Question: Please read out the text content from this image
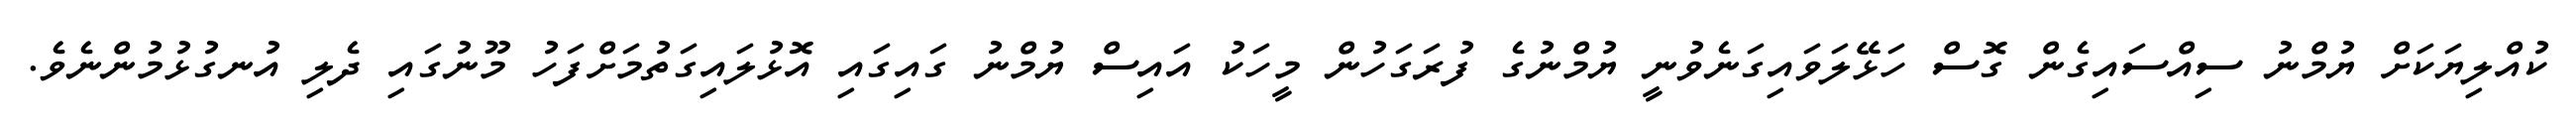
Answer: ކުއްލިޔަކަށް ޔުމްނު ސިއްސައިގެން ގޮސް ހަޅޭލަވައިގަނެވުނީ ޔުމްނުގެ ފުރަގަހުން މީހަކު އައިސް ޔުމްނު ގައިގައި އޮޅުލައިގަތުމަށްފަހު މޫނުގައި ދެލި އުނގުޅުމުންނެވެ.